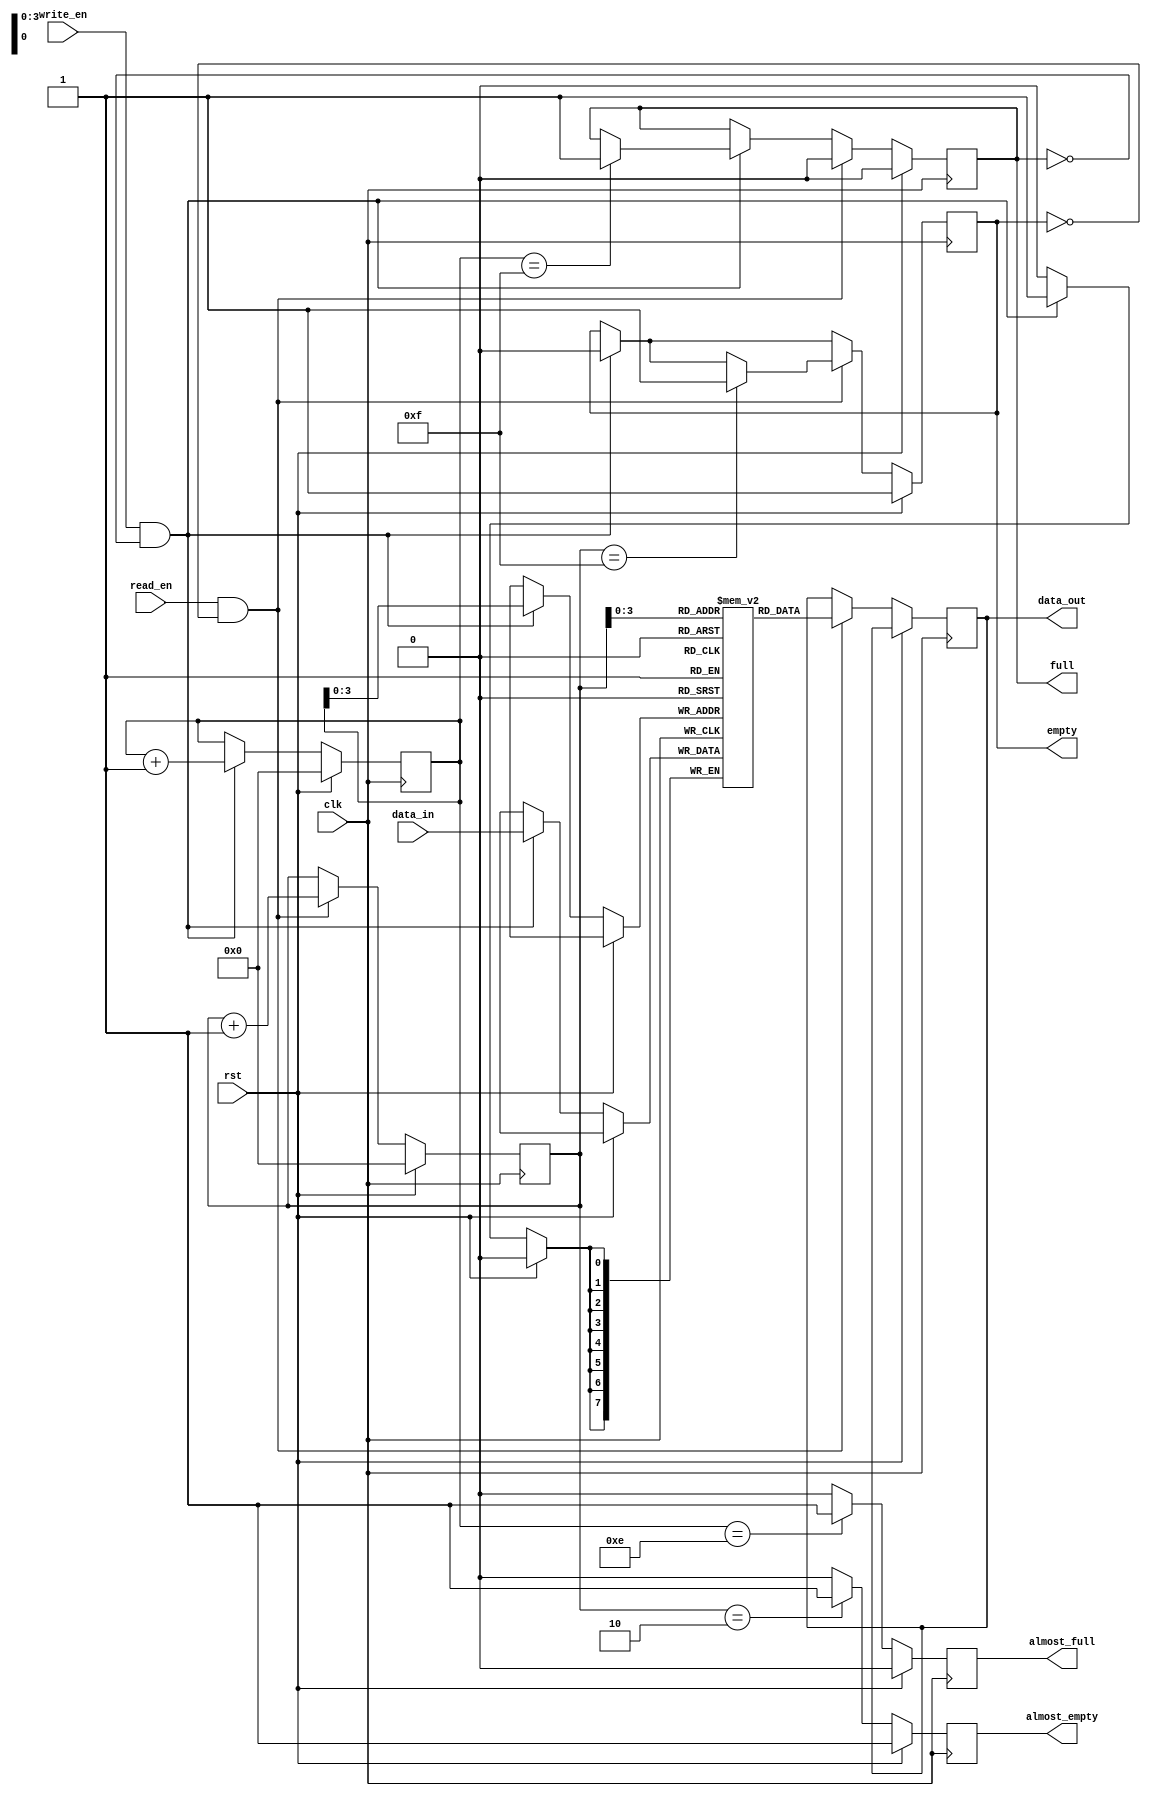
module parametrizable_fifo
#(
    parameter DATA_WIDTH = 8,
    parameter DEPTH = 16,
    parameter ALMOST_FULL_THRESHOLD = DEPTH - 2,
    parameter ALMOST_EMPTY_THRESHOLD = 2
)
(
    input wire clk,
    input wire rst,
    input wire write_en,
    input wire read_en,
    input wire [DATA_WIDTH-1:0] data_in,
    output reg [DATA_WIDTH-1:0] data_out,
    output reg full,
    output reg empty,
    output reg almost_full,
    output reg almost_empty
);

reg [DATA_WIDTH-1:0] memory [DEPTH-1:0];
reg [DEPTH-1:0] write_ptr;
reg [DEPTH-1:0] read_ptr;

always @(posedge clk) begin
    if (rst) begin
        write_ptr <= 0;
        read_ptr <= 0;
        full <= 0;
        empty <= 1;
        almost_full <= 0;
        almost_empty <= 1;
    end else begin
        if (write_en && !full) begin
            memory[write_ptr] <= data_in;
            write_ptr <= write_ptr + 1;
            if (write_ptr == DEPTH - 1) full <= 1;
            empty <= 0;
        end
        
        if (read_en && !empty) begin
            data_out <= memory[read_ptr];
            read_ptr <= read_ptr + 1;
            if (read_ptr == DEPTH - 1) empty <= 1;
            full <= 0;
        end
        
        if (write_ptr == ALMOST_FULL_THRESHOLD) almost_full <= 1;
        else almost_full <= 0;
        
        if (read_ptr == ALMOST_EMPTY_THRESHOLD) almost_empty <= 1;
        else almost_empty <= 0;
    end
end

endmodule